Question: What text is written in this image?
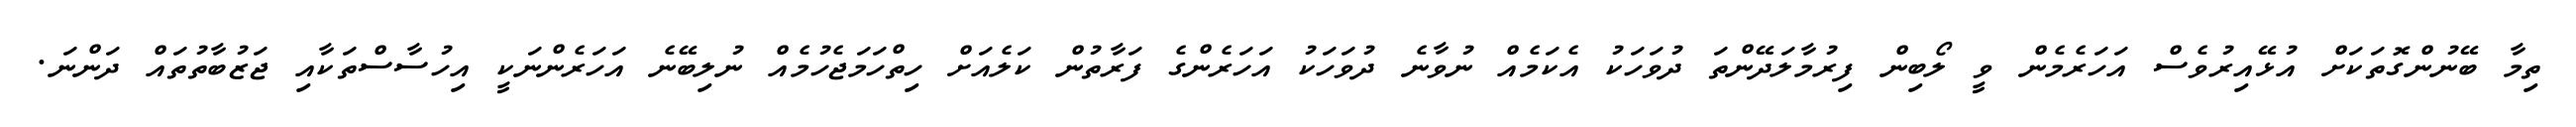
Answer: ތިމާ ބޭނުންގޮތަކަށް އުޅޭއިރުވެސް އަހަރެމެން ވީ ލޯބިން ފިރުމާލަދޭންތަ ދުވަހަކު އެކަމެއް ނުވާނެ ދުވަހަކު އަހަރެންގެ ފަރާތުން ކަލެއަށް ހިތްހަމަޖެހުމެއް ނުލިބޭނެ އަހަރެންނަކީ އިހުސާސްތަކާއި ޖަޒުބާތުތައް ދަންނަ.